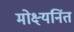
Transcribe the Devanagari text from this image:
मोक्ष्यनिंत